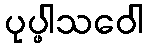
ပုပ္ဖါသဝေါ